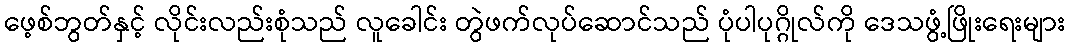
ဖေ့စ်ဘွတ်နှင့် လိုင်းလည်းစုံသည် လူခေါင်း တွဲဖက်လုပ်ဆောင်သည် ပုံပါပုဂ္ဂိုလ်ကို ဒေသဖွံ့ဖြိုးရေးများ